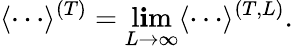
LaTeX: \langle\cdots\rangle^{(T)}=\operatorname*{l\mathbf{i}m}_{L\to\infty}\langle\cdots\rangle^{(T,L)}.